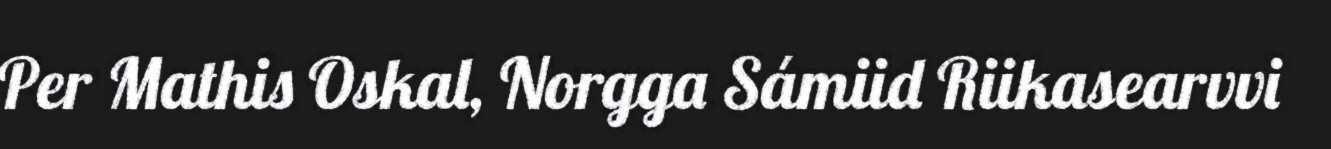
Per Mathis Oskal, Norgga Sámiid Riikasearvvi